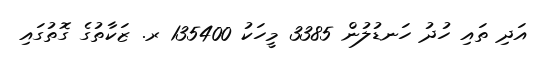
އަދި ތައި ހުދު ހަނޑުލުން 3385 މީހަކު 135400 ރ. ޒަކާތުގެ ގޮތުގައި